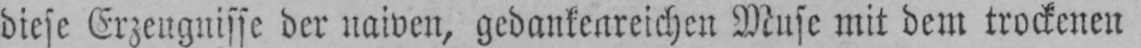
diese Erzeugnisse der naiven, gedankenreichen Muse mit dem trockenen